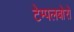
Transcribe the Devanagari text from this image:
टेम्पलबोरो